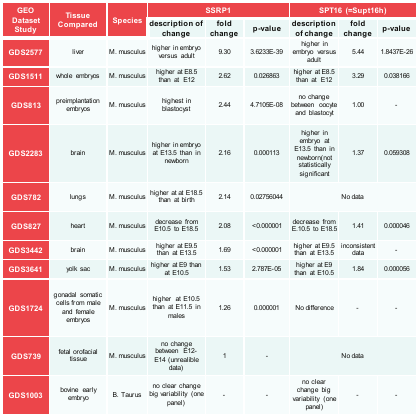
<table><thead><tr><td rowspan="2"><b>GEO Dataset Study</b></td><td rowspan="2"><b>Tissue Compared</b></td><td rowspan="2"><b>Species</b></td><td colspan="3"><b>SSRP1</b></td><td colspan="3"><b>SPT16 (=Supt16h)</b></td></tr><tr><td><b>description of change</b></td><td><b>fold change</b></td><td><b>p-value</b></td><td><b>description of change</b></td><td><b>fold change</b></td><td><b>p-value</b></td></tr></thead><tbody><tr><td><b>GDS2577</b></td><td>liver</td><td>M. musculus</td><td>higher in embryo versus adult</td><td>9.30</td><td>3.6233E-39</td><td>higher in embryo versus adult</td><td>5.44</td><td>1.8437E-26</td></tr><tr><td><b>GDS1511</b></td><td>whole embryos</td><td>M. musculus</td><td>higher at E8.5 than atE12</td><td>2.62</td><td>0.026863</td><td>higher at E8.5 than atE12</td><td>3.29</td><td>0.038166</td></tr><tr><td><b>GDS813</b></td><td>preimplantation embryos</td><td>M. musculus</td><td>highest in blastocyst</td><td>2.44</td><td>4.7105E-08</td><td>no change between oocyte and blastocyt</td><td>1.00</td><td>-</td></tr><tr><td><b>GDS2283</b></td><td>brain</td><td>M. musculus</td><td>higher in embryo at E13.5 than in newborn</td><td>2.16</td><td>0.000113</td><td>higher in embryo at E13.5 than in newborn(not statistically significant</td><td>1.37</td><td>0.059308</td></tr><tr><td><b>GDS782</b></td><td>lungs</td><td>M. musculus</td><td>higher at at E18.5 than at birth</td><td>2.14</td><td>0.02756044</td><td colspan="3">No data</td></tr><tr><td><b>GDS827</b></td><td>heart</td><td>M. musculus</td><td>decrease from E10.5 to E18.5</td><td>2.08</td><td>&lt;0.000001</td><td>decrease from E.10.5 to E18.5</td><td>1.41</td><td>0.000046</td></tr><tr><td><b>GDS3442</b></td><td>brain</td><td>M. musculus</td><td>higher at E9.5 than at E13.5</td><td>1.69</td><td>&lt;0.000001</td><td>higher at E9.5 than at E13.5</td><td>inconsistent data</td><td>-</td></tr><tr><td><b>GDS3641</b></td><td>yolk sac</td><td>M. musculus</td><td>higher at E9 than at E10.5</td><td>1.53</td><td>2.787E-05</td><td>higher at E9 than at E10.5</td><td>1.84</td><td>0.000056</td></tr><tr><td><b>GDS1724</b></td><td>gonadal somatic cells from male and female embryos</td><td>M. musculus</td><td>higherat E10.5 than at E11.5 in males</td><td>1.26</td><td>0.000001</td><td>No difference</td><td>-</td><td>-</td></tr><tr><td><b>GDS739</b></td><td>fetal orofacial tissue</td><td>M. musculus</td><td>no change between E12- E14 (unrealible data)</td><td>1</td><td>-</td><td colspan="3">No data</td></tr><tr><td><b>GDS1003</b></td><td>bovine early embryo</td><td>B. Taurus</td><td>no clear change big variability (one panel)</td><td>-</td><td>-</td><td>no clear change big variability (one panel)</td><td>-</td><td>-</td></tr></tbody></table>